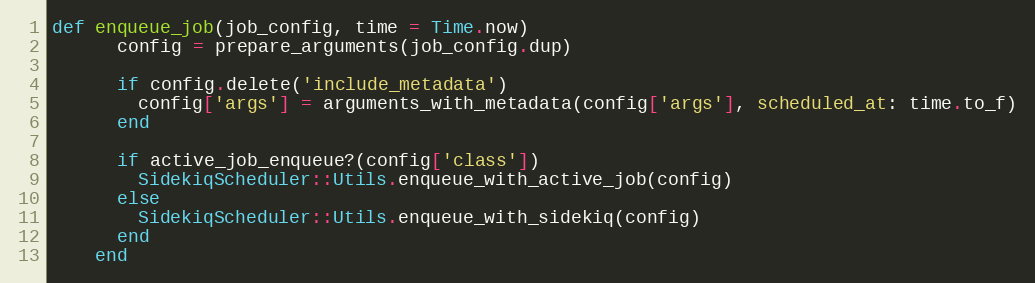
Language: Ruby
def enqueue_job(job_config, time = Time.now)
      config = prepare_arguments(job_config.dup)

      if config.delete('include_metadata')
        config['args'] = arguments_with_metadata(config['args'], scheduled_at: time.to_f)
      end

      if active_job_enqueue?(config['class'])
        SidekiqScheduler::Utils.enqueue_with_active_job(config)
      else
        SidekiqScheduler::Utils.enqueue_with_sidekiq(config)
      end
    end